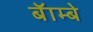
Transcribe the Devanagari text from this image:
बॅाम्बे